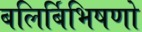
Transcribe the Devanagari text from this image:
बलिर्बिभिषणो